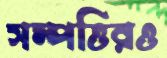
সম্পত্তিরও